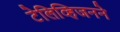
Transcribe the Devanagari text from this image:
टेलिव्हिजनने